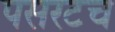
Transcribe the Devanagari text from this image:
पसरटच